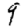
Digit: 9